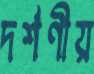
দর্শণীয়